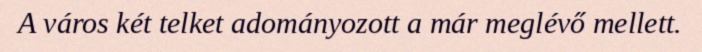
A város két telket adományozott a már meglévő mellett.